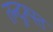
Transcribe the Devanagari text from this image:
तन्दुरूस्त